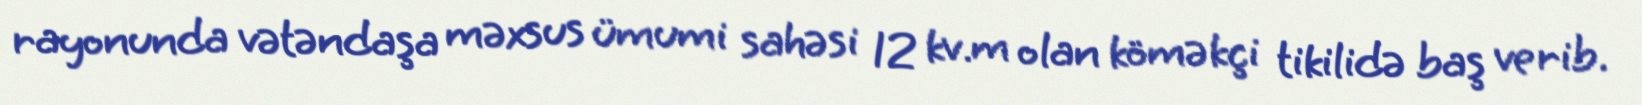
rayonunda vətəndaşa məxsus ümumi sahəsi 12 kv.m olan köməkçi tikilidə baş verib.